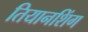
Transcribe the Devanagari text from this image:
तियानशिंग